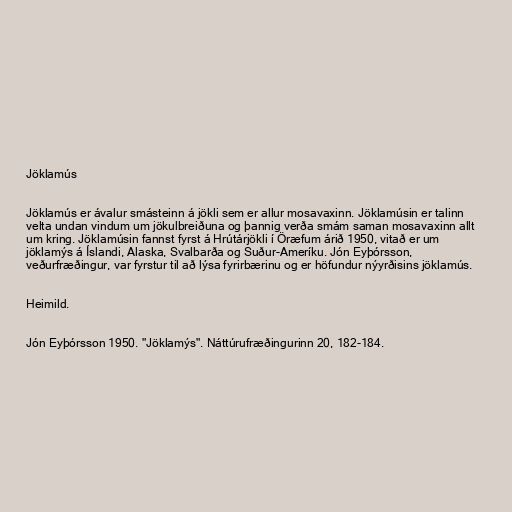
Jöklamús

Jöklamús er ávalur smásteinn á jökli sem er allur mosavaxinn. Jöklamúsin er talinn
velta undan vindum um jökulbreiðuna og þannig verða smám saman mosavaxinn allt
um kring. Jöklamúsin fannst fyrst á Hrútárjökli í Öræfum árið 1950, vitað er um
jöklamýs á Íslandi, Alaska, Svalbarða og Suður-Ameríku. Jón Eyþórsson,
veðurfræðingur, var fyrstur til að lýsa fyrirbærinu og er höfundur nýyrðisins jöklamús.

Heimild.

Jón Eyþórsson 1950. "Jöklamýs". Náttúrufræðingurinn 20, 182-184.